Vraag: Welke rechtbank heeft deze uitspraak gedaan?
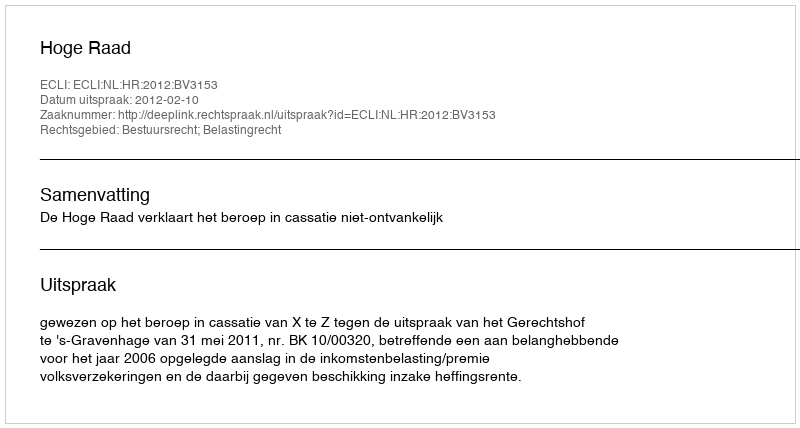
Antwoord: Hoge Raad